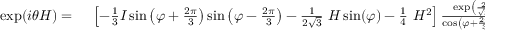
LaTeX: \begin{array} { r l } { \exp ( i \theta H ) = { } } & { { } \left[ - { \frac { 1 } { 3 } } I \sin \left( \varphi + { \frac { 2 \pi } { 3 } } \right) \sin \left( \varphi - { \frac { 2 \pi } { 3 } } \right) - { \frac { 1 } { 2 { \sqrt { 3 } } } } ~ H \sin ( \varphi ) - { \frac { 1 } { 4 } } ~ H ^ { 2 } \right] { \frac { \exp \left( { \frac { 2 } { \sqrt { 3 } } } ~ i \theta \sin ( \varphi ) \right) } { \cos \left( \varphi + { \frac { 2 \pi } { 3 } } \right) \cos \left( \varphi - { \frac { 2 \pi } { 3 } } \right) } } } \end{array}